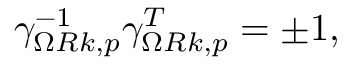
\gamma _ { \Omega R k , p } ^ { - 1 } \gamma _ { \Omega R k , p } ^ { T } = \pm 1 ,